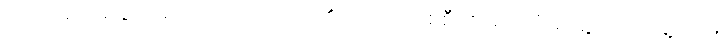
အသိ မိတ်ဆွေ တစ်ယောက်ယောက်၏ ရထား တစ်စီးတလေကို တွေ့ရလို တွေ့ရငြား